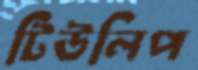
টিউলিপ